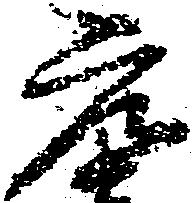
元